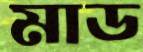
মাড